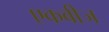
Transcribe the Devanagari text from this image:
एकबीज